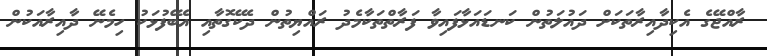
ރާއްޖޭގެ އެކިދާއިރާތަކަށް ދައުލަތުން ކަނޑައަޅާފައިވާ ފަރާތްތަކާމެދު ރައްޔިތުން ދެކޭގޮތާއި އެބޭފުޅަކު ހިމެނޭ ދާއިރާއަކުން